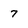
Character: 7